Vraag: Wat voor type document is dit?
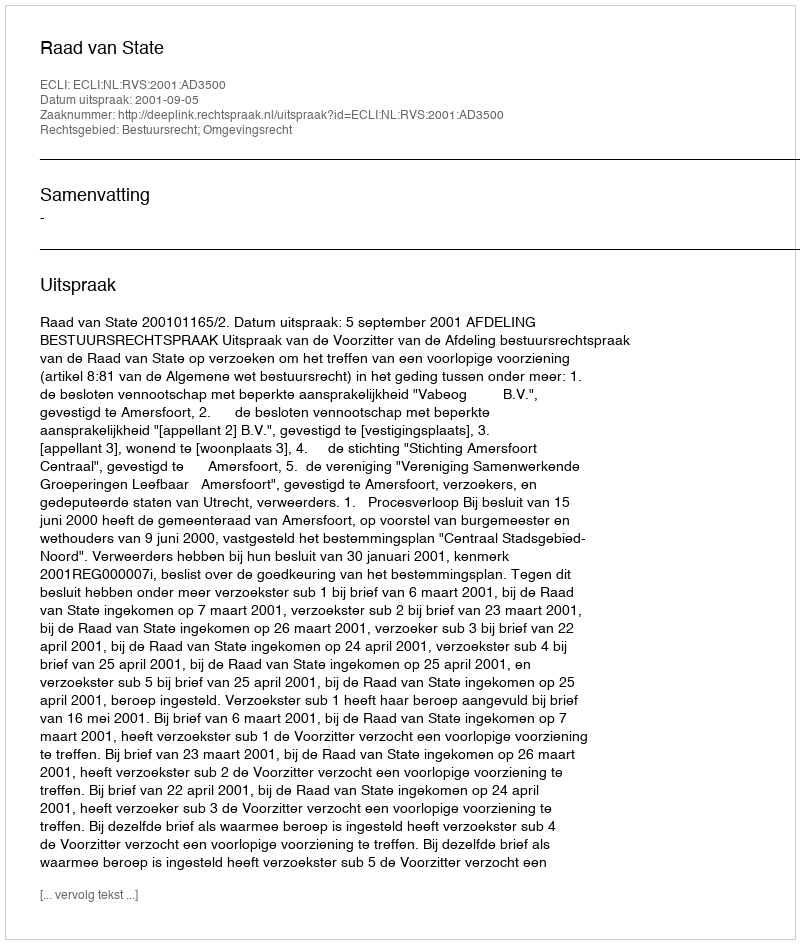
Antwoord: Uitspraak